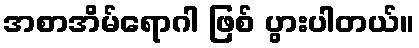
အစာအိမ်ရောဂါ ဖြစ် ပွားပါတယ်။